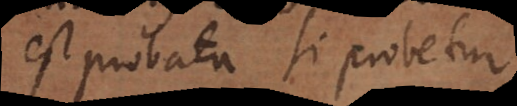
est probata si probetur